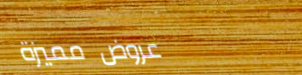
عروض مميزة